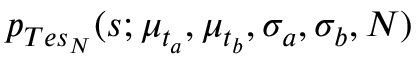
p _ { T e s _ { N } } ( s ; \mu _ { t _ { a } } , \mu _ { t _ { b } } , \sigma _ { a } , \sigma _ { b } , N )